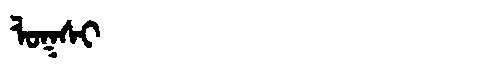
Manchu: ᠯᠣᡴᠰᡳ
Romanization: LOKSI